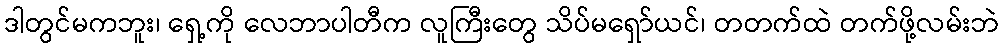
ဒါတွင်မကဘူး၊ ရှေ့ကို လေဘာပါတီက လူကြီးတွေ သိပ်မရှော်ယင်၊ တတက်ထဲ တက်ဖို့လမ်းဘဲ